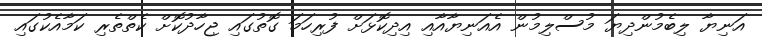
އަނިޔާ ލިބެމުންދިޔަ މުސްލިމުން އެއަނިޔާއާއި އިދިކޮޅަށް ފުރިހަމަ ގޮތުގައި ޖިހާދުކޮށް ކެތްތެރި ކަމާއެކުގައި